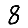
Digit: 8